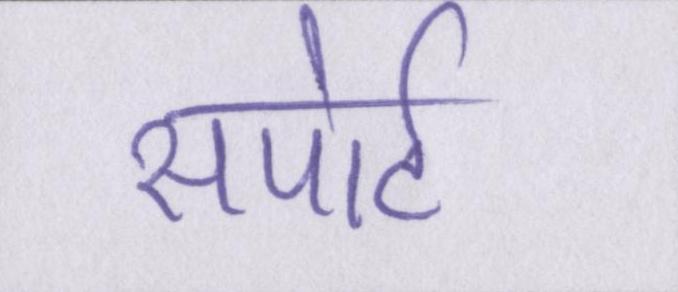
सपोर्ट